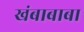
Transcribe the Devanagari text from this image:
खंबाबाबा